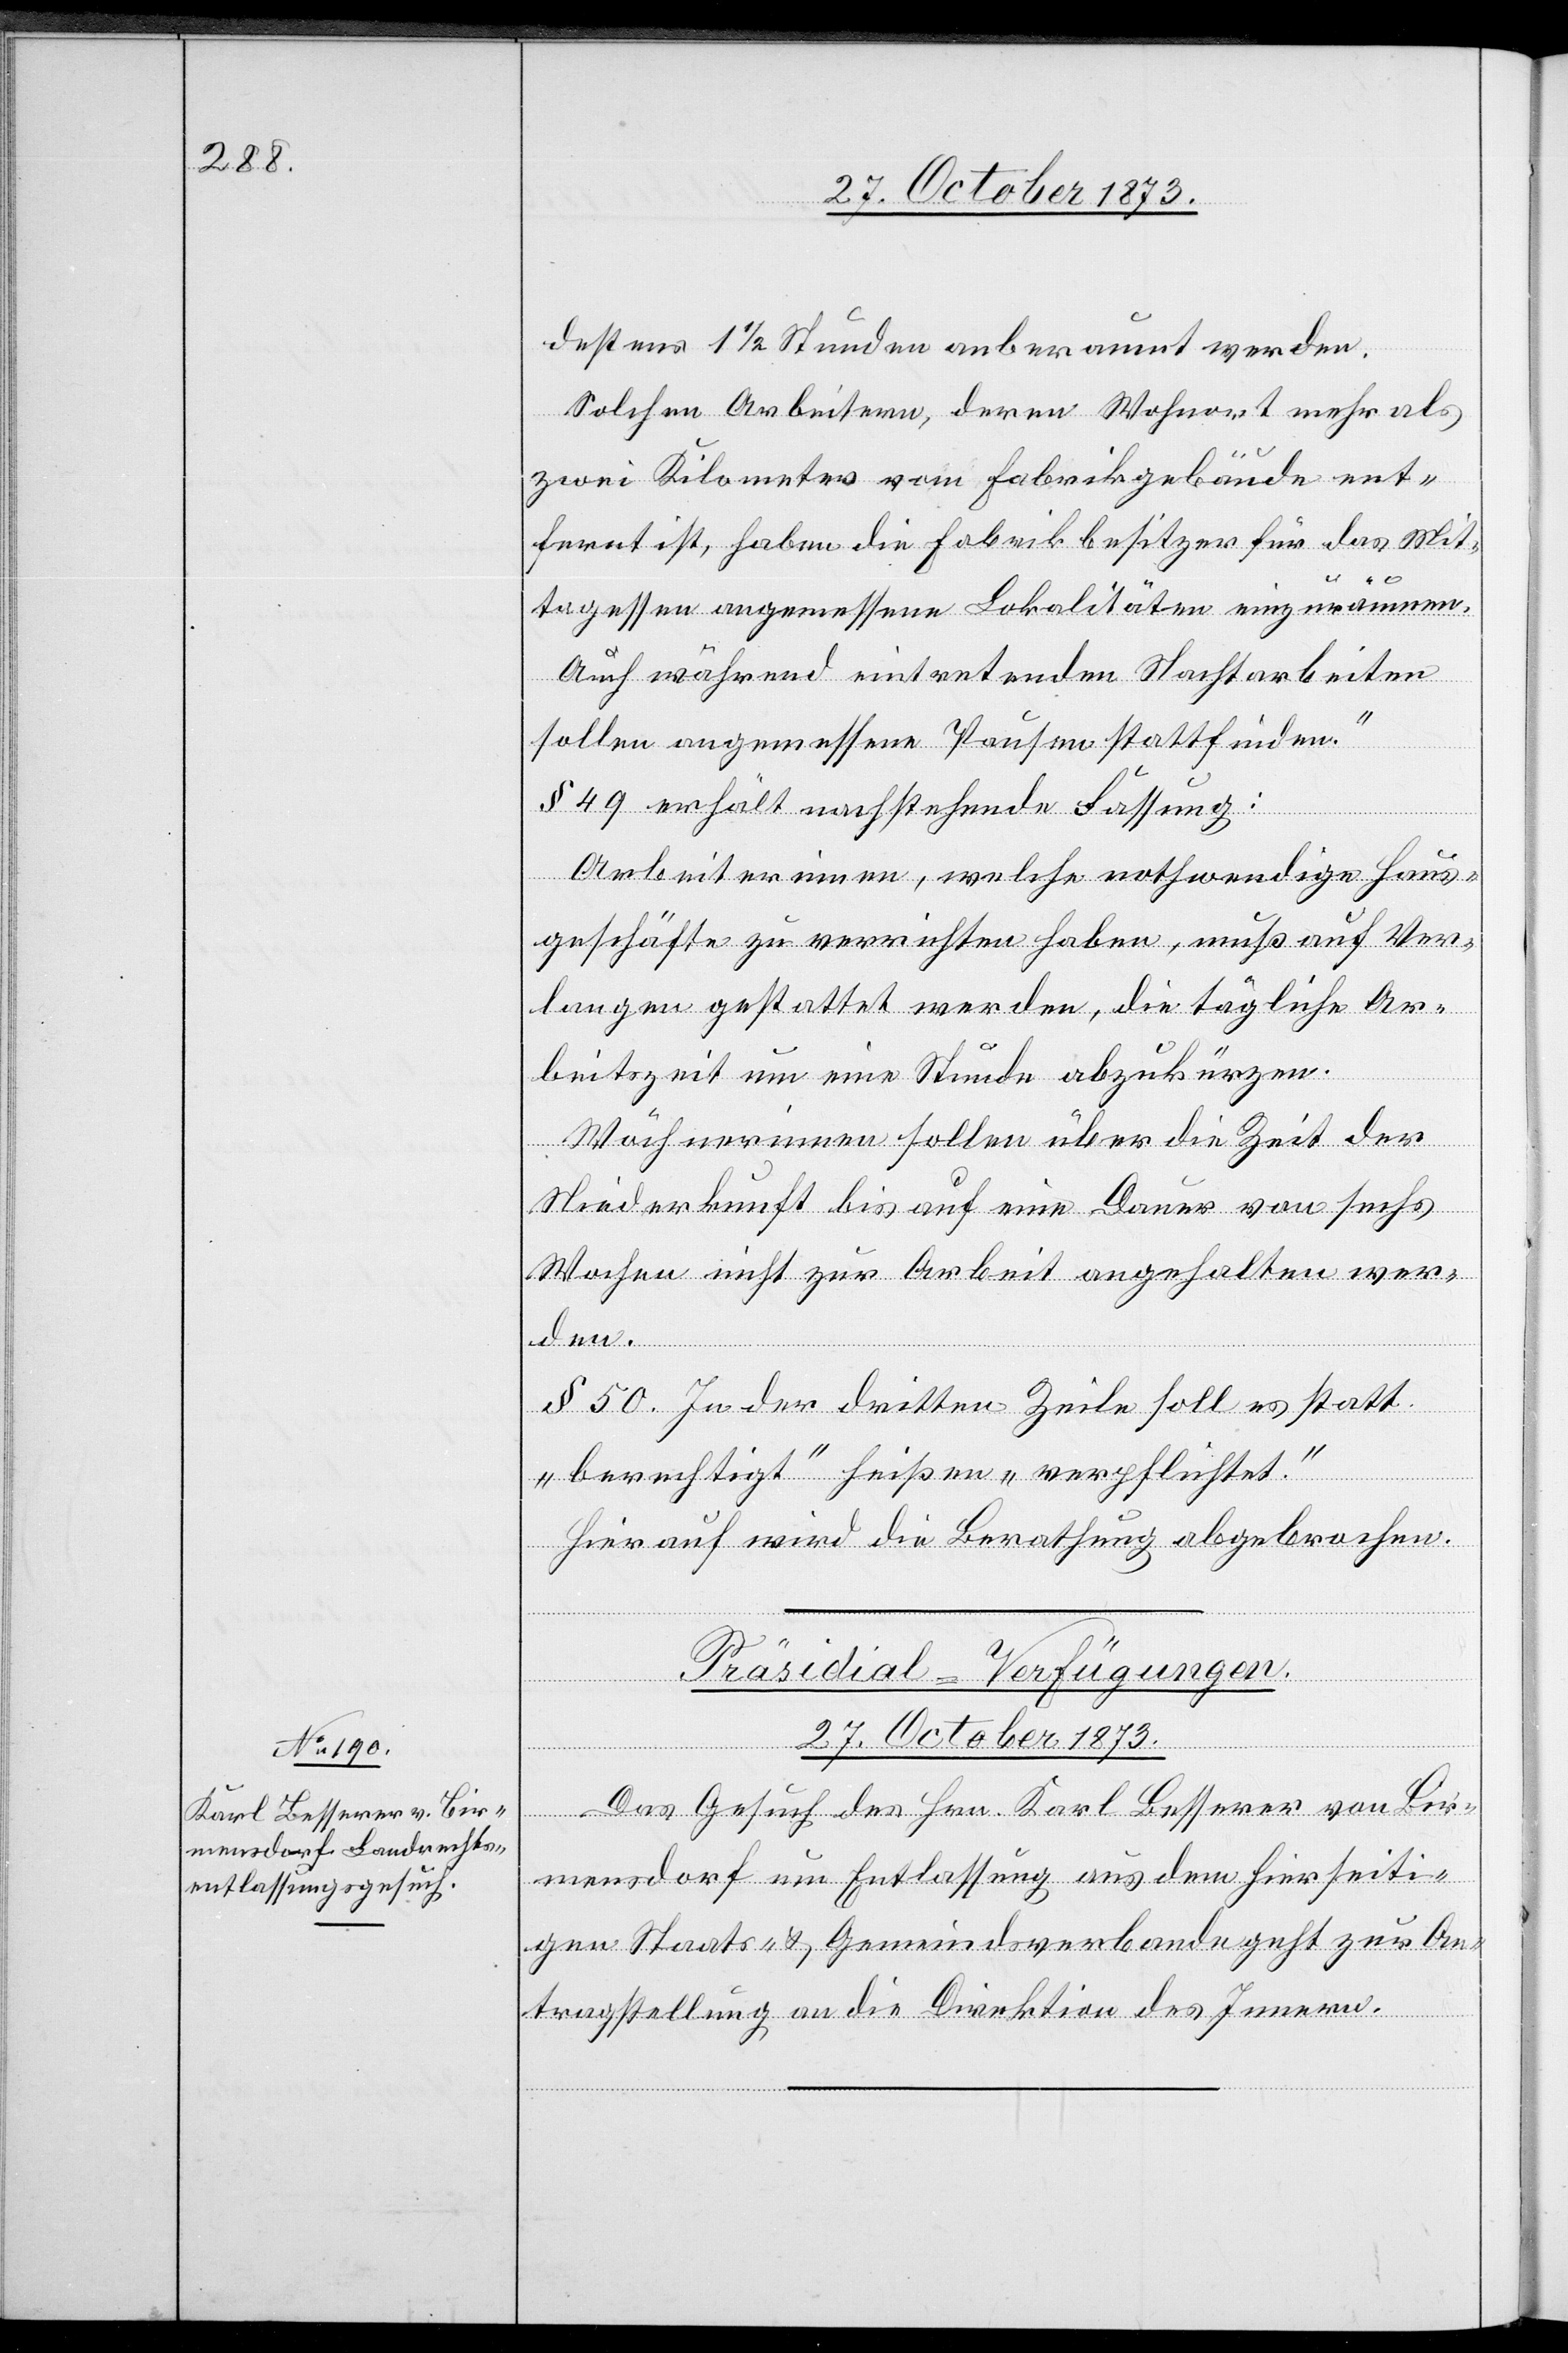
destens 1 1/2 Stunden anberaumt werden.
Solchen Arbeitern, deren Wohnort mehr als
zwei Kilometer vom Fabrikgebäude ent¬
fernt ist, haben die Fabrikbesitzer für das Mit¬
tagessen angemessene Lokalitäten einzuräumen.
Auch während eintretenden Nachtarbeiten
sollen angemessene Pausen stattfinden.“
§ 49 erhält nachstehende Fassung:
Arbeiterinnen, welche nothwendige Haus¬
geschäfte zu verrichten haben, muß auf Ver¬
langen gestattet werden, die tägliche Ar¬
beitszeit um eine Stunde abzukürzen.
Wöchnerinnen sollen über die Zeit der
den.
Niederkunft bis auf eine Dauer von sechs
Wochen nicht zur Arbeit angehalten wer¬
§ 50. In der dritten Zeile soll es statt
„berechtigt“ heißen „verpflichtet“.
Hierauf wird die Berathung abgebrochen.
Präsidial-Verfügungen.
27. October 1873.
Das Gesuch des Hrn. Karl Besserer von Bir¬
mensdorf um Entlassung aus dem hierseiti¬
gen Staats- & Gemeindsverbande geht zur An¬
tragstellung an die Direktion des Innern.